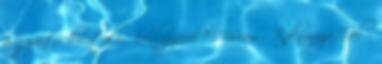
a gyártó hivatalos honlapjáról? Miriam - Inflamaya Gel –